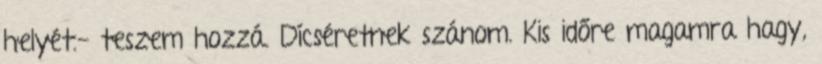
helyét.- teszem hozzá. Dícséretnek szánom. Kis időre magamra hagy,